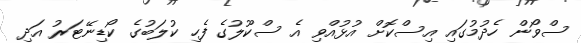
ސްވޯން ހެދުމުގައި އިސްކޮށް އުޅުއްވި އެ ސްކޫލުގެ ފެހި ކުލަބުގެ ކޯޑިނޭޓަރު އަދި